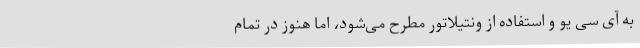
به آی سی یو و استفاده از ونتیلاتور مطرح می‌شود، اما هنوز در تمام